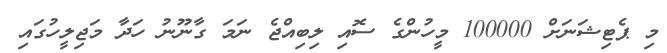
މި ޕެޓިޝަނަށް 100000 މީހުންގެ ސޮއި ލިބިއްޖެ ނަމަ ގާނޫނު ހަދާ މަޖިލީހުގައި